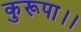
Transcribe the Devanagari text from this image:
कुरूपा।।